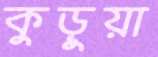
কুড়ুয়া